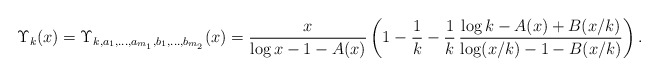
\begin{align*} \Upsilon_{k}(x) = \Upsilon_{k, a_1, \ldots, a_{m_1}, b_1, \ldots, b_{m_2}}(x) = \frac{x}{\log x - 1 - A(x)} \left( 1 - \frac{1}{k} - \frac{1}{k}\,\frac{\log k - A(x) + B(x/k)}{\log (x/k) - 1 - B(x/k)} \right).\end{align*}